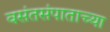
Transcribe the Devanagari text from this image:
वसंतसंपाताच्या